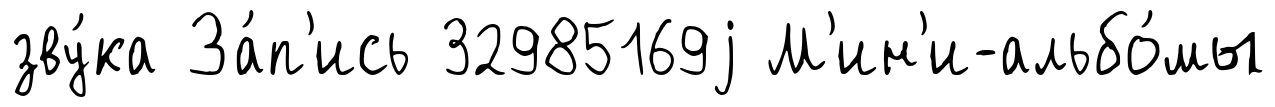
зву́ка За́п'ись 32985169j М'ин'и-альбо́мы